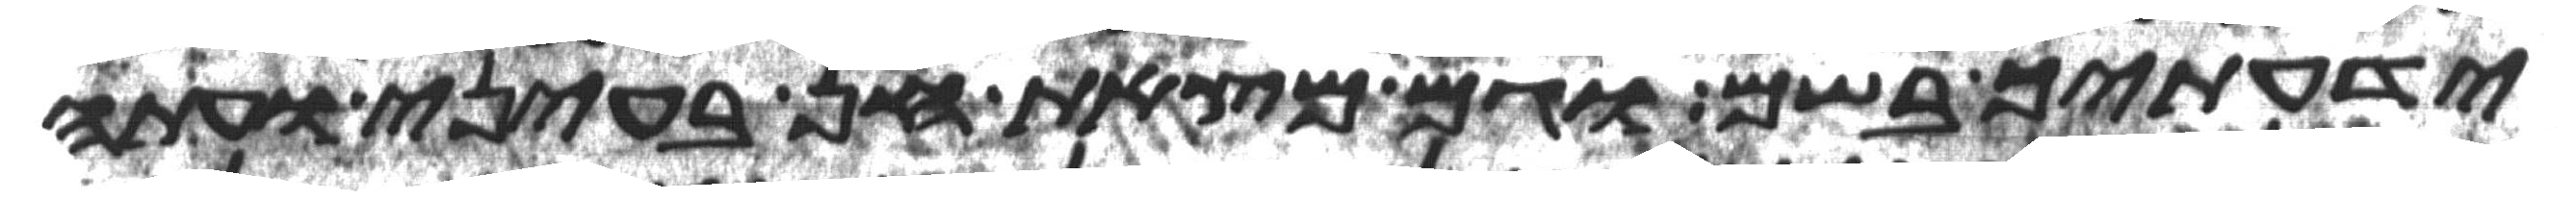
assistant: ידעתיך בשם וגם מצאת חן בעיני ועתה